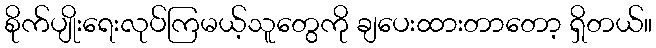
စိုက်ပျိုးရေးလုပ်ကြမယ့်သူတွေကို ချပေးထားတာတော့ ရှိတယ်။